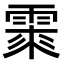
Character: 𩃲